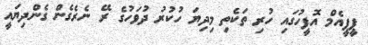
ޕީޕީއެމް އޮފީހުގައި ހުރި ތަކެތި މިދިޔަ ހުކުރު ދުވަހުގެ ރޭ ނެރެގެން ގެންދިޔައީ